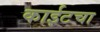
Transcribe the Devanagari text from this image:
काईटचा